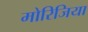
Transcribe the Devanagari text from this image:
मोरिजिया